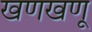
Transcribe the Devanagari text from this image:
खणखणू